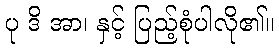
ပု ဒိ အာ၊ နှင့် ပြည့်စုံပါလို၏။